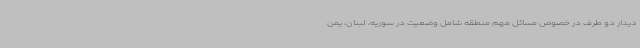
دیدار دو طرف در خصوص مسائل مهم منطقه شامل وضعیت در سوریه، لبنان، یمن